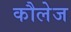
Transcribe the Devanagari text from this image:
कौलेज